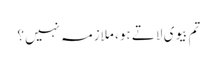
تم بیوی لاتے ہو، ملازمہ نہیں؟